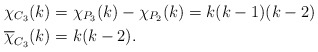
\begin{align*}\chi_{C_3}(k)&=\chi_{P_3}(k)-\chi_{P_2}(k)=k(k-1)(k-2)\\\overline{\chi}_{C_3}(k)&=k(k-2).\end{align*}